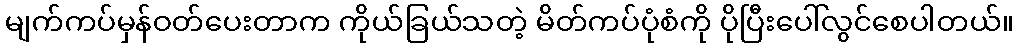
မျက်ကပ်မှန်ဝတ်ပေးတာက ကိုယ်ခြယ်သတဲ့ မိတ်ကပ်ပုံစံကို ပိုပြီးပေါ်လွင်စေပါတယ်။